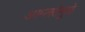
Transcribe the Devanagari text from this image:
आम्लतेमुळे